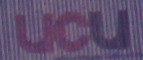
UCU